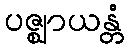
ပဇ္ဈာယန္တံ